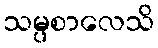
သမ္ပစာလေသိ